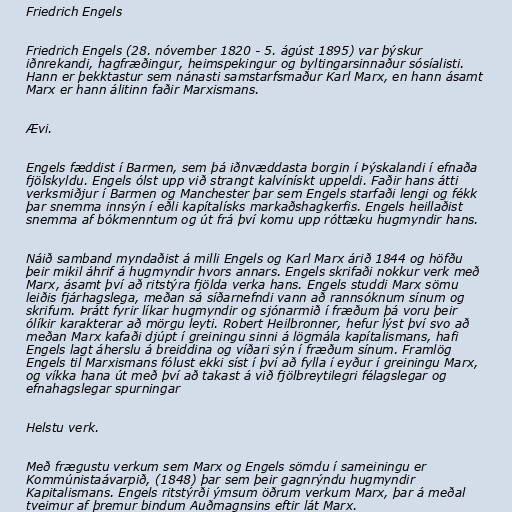
Friedrich Engels

Friedrich Engels (28. nóvember 1820 - 5. ágúst 1895) var þýskur
iðnrekandi, hagfræðingur, heimspekingur og byltingarsinnaður sósíalisti.
Hann er þekktastur sem nánasti samstarfsmaður Karl Marx, en hann ásamt
Marx er hann álitinn faðir Marxismans.

Ævi.

Engels fæddist í Barmen, sem þá iðnvæddasta borgin í Þýskalandi í efnaða
fjölskyldu. Engels ólst upp við strangt kalvínískt uppeldi. Faðir hans átti
verksmiðjur í Barmen og Manchester þar sem Engels starfaði lengi og fékk
þar snemma innsýn í eðli kapítalísks markaðshagkerfis. Engels heillaðist
snemma af bókmenntum og út frá því komu upp róttæku hugmyndir hans.

Náið samband myndaðist á milli Engels og Karl Marx árið 1844 og höfðu
þeir mikil áhrif á hugmyndir hvors annars. Engels skrifaði nokkur verk með
Marx, ásamt því að ritstýra fjölda verka hans. Engels studdi Marx sömu
leiðis fjárhagslega, meðan sá síðarnefndi vann að rannsóknum sínum og
skrifum. Þrátt fyrir líkar hugmyndir og sjónarmið í fræðum þá voru þeir
ólíkir karakterar að mörgu leyti. Robert Heilbronner, hefur lýst því svo að
meðan Marx kafaði djúpt í greiningu sinni á lögmála kapítalismans, hafi
Engels lagt áherslu á breiddina og víðari sýn í fræðum sínum. Framlög
Engels til Marxismans fólust ekki síst í því að fylla í eyður í greiningu Marx,
og víkka hana út með því að takast á við fjölbreytilegri félagslegar og
efnahagslegar spurningar

Helstu verk.

Með frægustu verkum sem Marx og Engels sömdu í sameiningu er
Kommúnistaávarpið, (1848) þar sem þeir gagnrýndu hugmyndir
Kapitalismans. Engels ritstýrði ýmsum öðrum verkum Marx, þar á meðal
tveimur af þremur bindum Auðmagnsins eftir lát Marx.